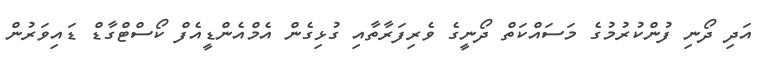
އަދި ދޯނި ފުންކުރުމުގެ މަސައްކަތް ދޯނީގެ ވެރިފަރާތާއި ގުޅިގެން އެމްއެންޑީއެފް ކޯސްޓްގާޑް ޑައިވަރުން